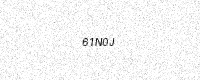
Text: 61N0J